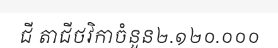
ជី តាជីថវិកាចំនួន២.១២០.០០០